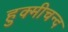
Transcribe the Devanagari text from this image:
हुक्मीचन्द